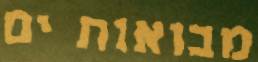
מבואות ים